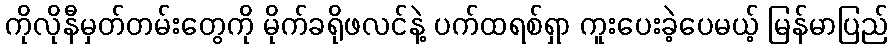
ကိုလိုနီမှတ်တမ်းတွေကို မိုက်ခရိုဖလင်နဲ့ ပက်ထရစ်ရှာ ကူးပေးခဲ့ပေမယ့် မြန်မာပြည်